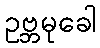
ဥဗ္ဘမုခေါ